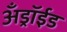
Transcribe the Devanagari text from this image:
अँड्रॉईड